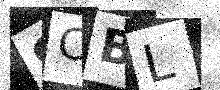
Text: 9CBL